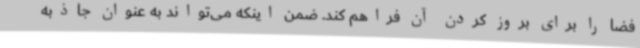
فضا را برای بروز کردن آن فراهم کند. ضمن اینکه می‌تواند به عنوان جاذبه